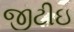
જીટીઇ